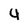
Character: 4